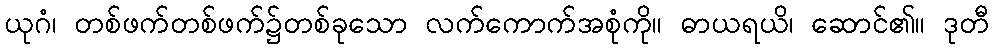
ယုဂံ၊ တစ်ဖက်တစ်ဖက်၌တစ်ခုသော လက်ကောက်အစုံကို။ ဓာယရယိ၊ ဆောင်၏။ ဒုတီ